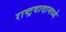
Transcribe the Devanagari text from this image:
राष्ट्रवादामध्ये